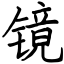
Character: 镜